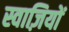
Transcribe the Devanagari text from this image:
स्वाज़ियों